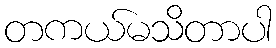
တကယ်မသိတာပါ